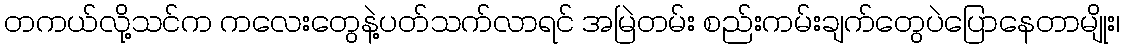
တကယ်လို့သင်က ကလေးတွေနဲ့ပတ်သက်လာရင် အမြဲတမ်း စည်းကမ်းချက်တွေပဲပြောနေတာမျိုး၊